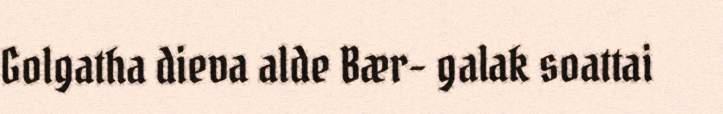
Golgatha dieva alde Bær- galak soattai